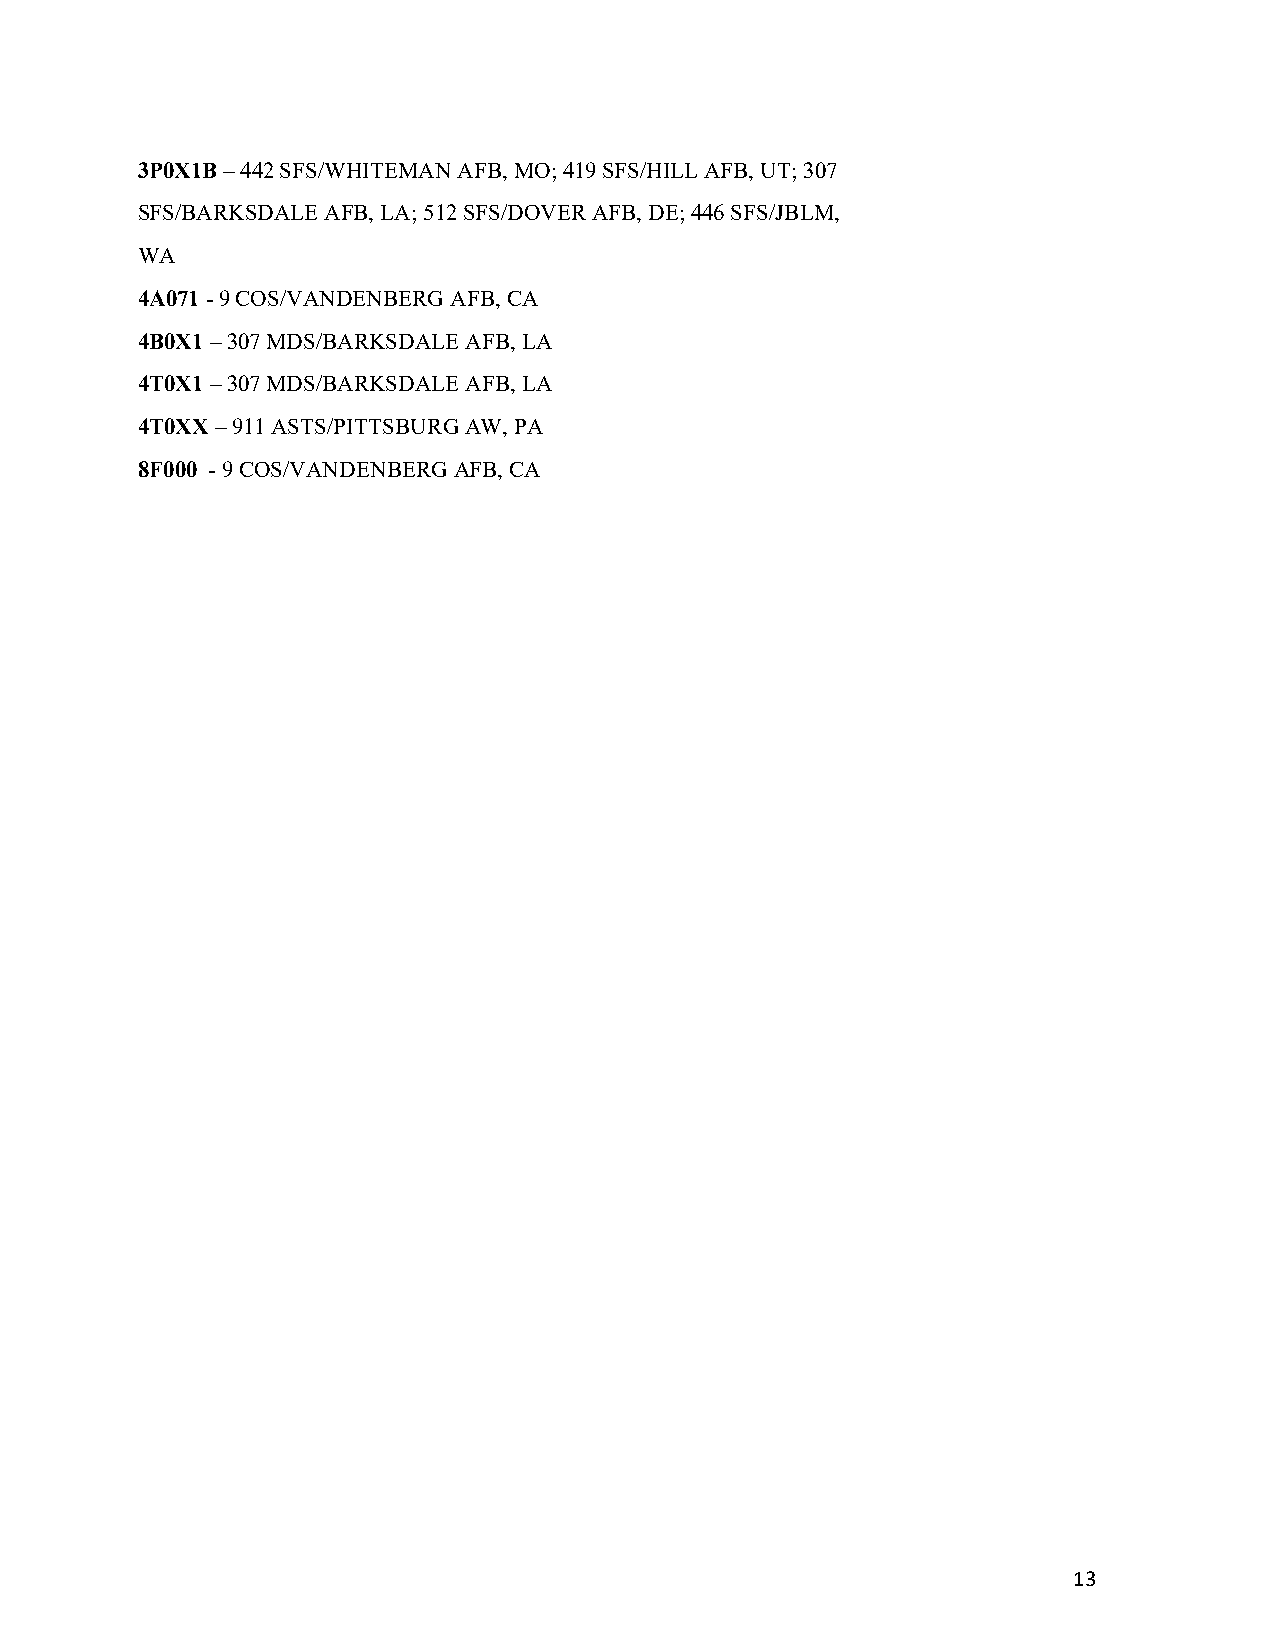
3P0X1B – 442 SFS/WHITEMAN AFB, MO; 419 SFS/HILL AFB, UT; 307
 SFS/BARKSDALE AFB, LA; 512 SFS/DOVER AFB, DE; 446 SFS/JBLM,
 WA
 4A071 - 9 COS/VANDENBERG AFB, CA
 4B0X1 – 307 MDS/BARKSDALE AFB, LA
 4T0X1 – 307 MDS/BARKSDALE AFB, LA
 4T0XX – 911 ASTS/PITTSBURG AW, PA
 8F000 - 9 COS/VANDENBERG AFB, CA
 13